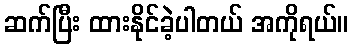
ဆက်ပြီး ထားနိုင်ခဲ့ပါတယ် အကိုရယ်။